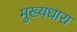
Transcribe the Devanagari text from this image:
मुख्‍यधारा